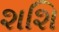
શશિ